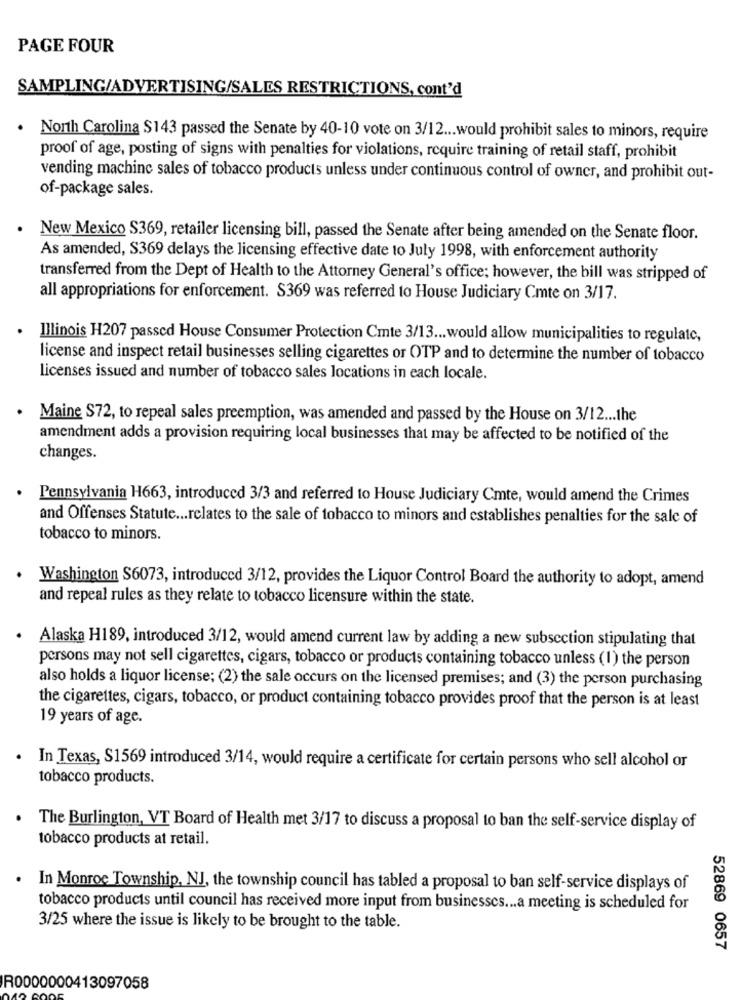
PAGE FOUR
SAMPLING/ADVERTISING/SALES RESTRICTIONS, cont'd
. North Carolina $143 passed the Senate by 40-10 vote on 3/12 ... would prohibit sales to minors, require
proof of age, posting of signs with penalties for violations, require training of retail staff, prohibit
vending machine sales of tobacco products unless under continuous control of owner, and prohibit out-
of-package sales.
New Mexico S369, retailer licensing bill, passed the Senate after being amended on the Senate floor.
As amended, S369 delays the licensing effective date to July 1998, with enforcement authority
transferred from the Dept of Health to the Attorney General's office; however, the bill was stripped of
all appropriations for enforcement. S369 was referred to House Judiciary Cmte on 3/17.
Illinois H207 passed House Consumer Protection Cmte 3/13 ... would allow municipalities to regulate,
license and inspect retail businesses selling cigarettes or OTP and to determine the number of tobacco
licenses issued and number of tobacco sales locations in each locale.
Maine S72, to repeal sales preemption, was amended and passed by the House on 3/12 ... the
amendment adds a provision requiring local businesses that may be affected to be notified of the
changes.
Pennsylvania H663, introduced 3/3 and referred to House Judiciary Cmte, would amend the Crimes
and Offenses Statute ... relates to the sale of tobacco to minors and establishes penalties for the sale of
tobacco to minors.
Washington S6073, introduced 3/12, provides the Liquor Control Board the authority to adopt, amend
and repeal rules as they relate to tobacco licensure within the state.
Alaska H189, introduced 3/12, would amend current law by adding a new subsection stipulating that
persons may not sell cigarettes, cigars, tobacco or products containing tobacco unless (1) the person
also holds a liquor license; (2) the sale occurs on the licensed premises; and (3) the person purchasing
the cigarettes, cigars, tobacco, or product containing tobacco provides proof that the person is at least
19 years of age.
In Texas, S1569 introduced 3/14, would require a certificate for certain persons who sell alcohol or
tobacco products.
The Burlington, VT Board of Health met 3/17 to discuss a proposal to ban the self-service display of
tobacco products at retail.
In Monroe Township, NJ, the township council has tabled a proposal to ban self-service displays of
tobacco products until council has received more input from businesses ... a meeting is scheduled for
3/25 where the issue is likely to be brought to the table.
52869 0657
R0000000413097058